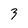
Character: 3